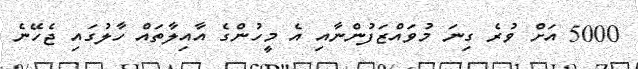
5000 އަށް ވުރެ ގިނަ މުވައްޒަފުންނާއި އެ މީހުންގެ އާއިލާތައް ހާލުގައި ޖެހޭނެ